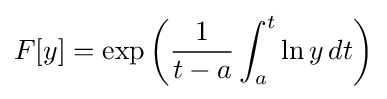
F[y]=\exp \left({\frac {1}{t-a}}\int _{a}^{t}\ln y\,dt\right)